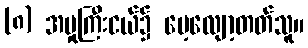
(၈) အမှုကြီးငယ်၌ မေ့လျော့တတ်သူ။